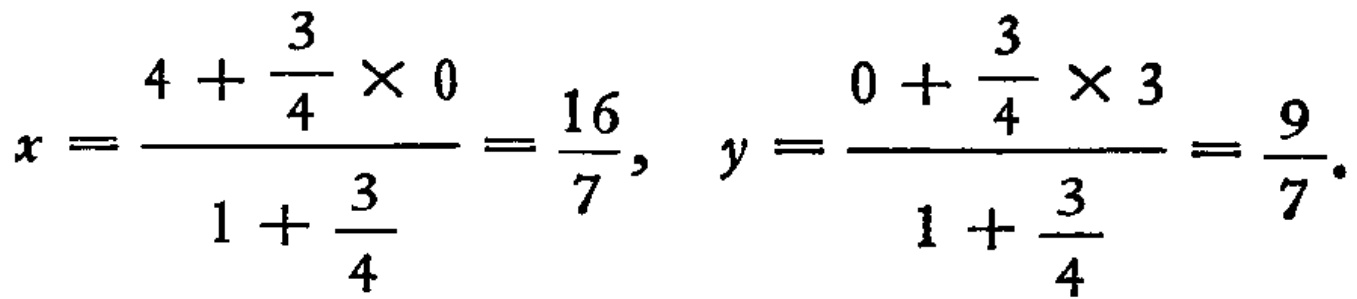
\[x = \frac{4+\frac{3}{4}\times 0}{1 + \frac{3}{4}}=\frac{16}{7},\ y = \frac{0+\frac{3}{4}\times 3}{1+\frac{3}{4}}=\frac{9}{7}.\]